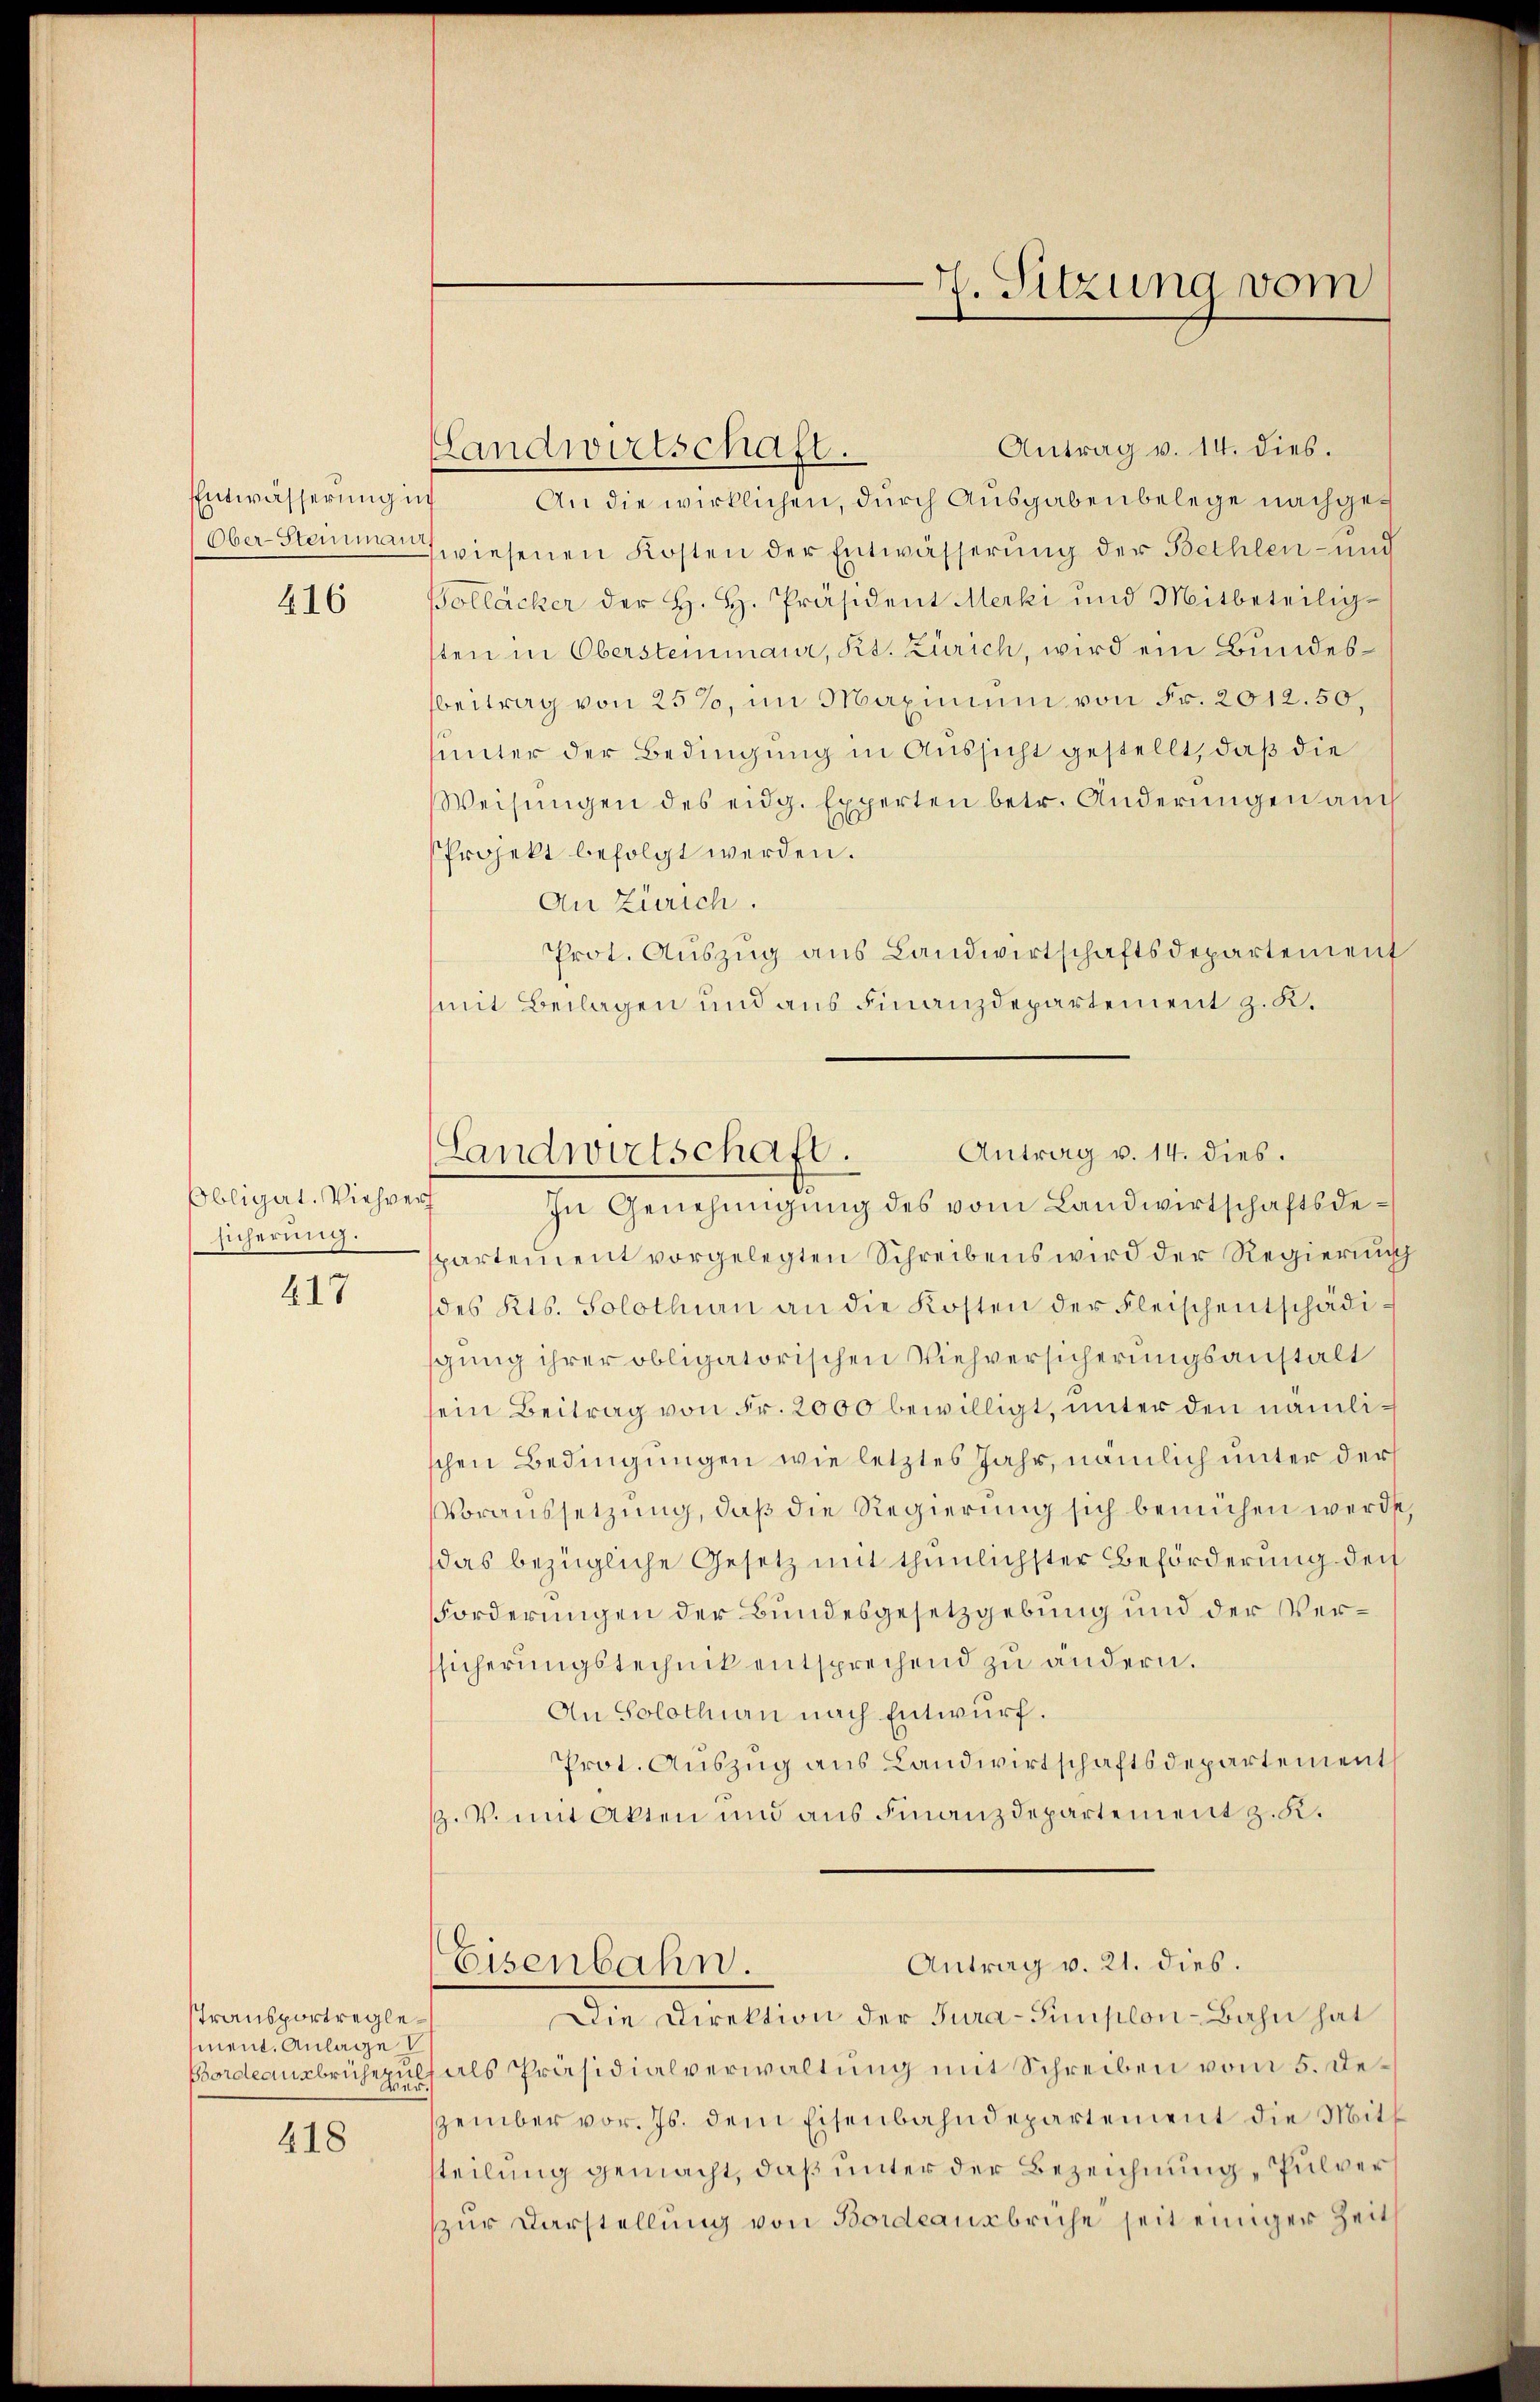
Entwässerung
Ober-Steinman

416

Obligat. Viehvers
sicherung.

417

Stransportreglement. Anlage
Bordeausbrüche zul

418

H. Sitzung vom

(Landwirtschaft. Antrag v. 14. dies.

Antrag v. 14. dies.
Landwirtschaft.
An die wirklichen, durch Ausgabenbelege nachges
wiesenen Kosten der Entwässerung der Bethlen- und
Pollächer der H. H. Präsident Merki und Mitbeteiligsten in Obersteinmaur, Kt. Zürich, wird ein Bundesbeitrag von 25%, im Maximum von Fr. 2012.50,
unter der Bedingung in Aussicht gestellt, daß die
Weisŭngen des eidg. Experten betr. Anderŭngen auch
Projekt befolgt werden.
An Zürich.
Prot. Auszug aus Landwirtschaftsdepartement
mit Beilagen und aus Finanzdepartement z. K.
In Genehmigung des vom Landwirtschaftsdepartement vorgelegten Schreibens wird der Regierung
des Kts. Solothurn an die Kosten der Fleischentschädisgung ihrer obligatorischen Viehversicherungsanstalt
sein Beitrag von Fr. 2000 bewilligt, unter den nämlischen Bedingungen wie letztes Jahr, nämlich unter der
Voraussetzung, daß die Regierung sich bemühen werde,
das bezügliche Gesetz mit thunlichster Beförderung der
Forderungen der Bundesgesetzgebung und der Verssicherungstechnik entsprechend zu andern.
An Solothurn nach Entwurf.
Prot. Auszug aus Landwirtschaftsdepartement
ß. V. mit Akten und aus Finanzdepartement z. K.
Antrag v. 21. dies.
Eisenbahn.
Die Direktion der Jura-Simplon-Bahn hat
als Präsidialverwaltung mit Schreiben vom 5. Dezember vor. Js. dem Eisenbahndepartement die Mitsteilung gemacht, daß unter der Bezeichnung „Pulver
zur Darstellung von Bordeausbruche seit einiger Zeit